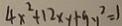
4 x ^ { 2 } + 1 2 x y + 9 y ^ { 2 } = 1